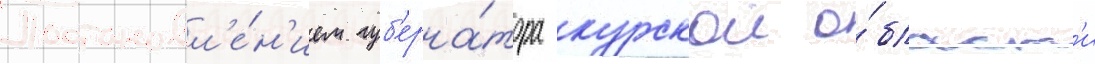
Постановл'е́н'ием губ'ерна́тора курскои о́бласт'и